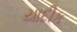
યાદીક